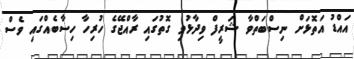
އައްޑު އަތޮޅަށް ނިސްބަތްވާ ޝަރީފް ވިދާޅުވި ގޮތުގައި ރާއްޖޭގެ ހުރިހާ ހިސާބެއްގައި ވެސް